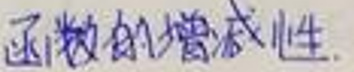
函数的增减性.